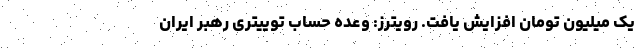
یک میلیون تومان افزایش یافت. رویترز: وعده حساب توییتری رهبر ایران